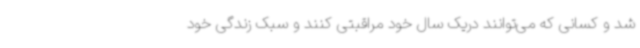
شد و کسانی که می‌توانند دریک سال خود مراقبتی کنند و سبک زندگی خود